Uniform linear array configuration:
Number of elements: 24
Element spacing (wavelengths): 1
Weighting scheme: cosine
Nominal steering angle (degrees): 45
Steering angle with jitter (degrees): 45.085
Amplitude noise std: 0.05
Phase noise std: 0.05

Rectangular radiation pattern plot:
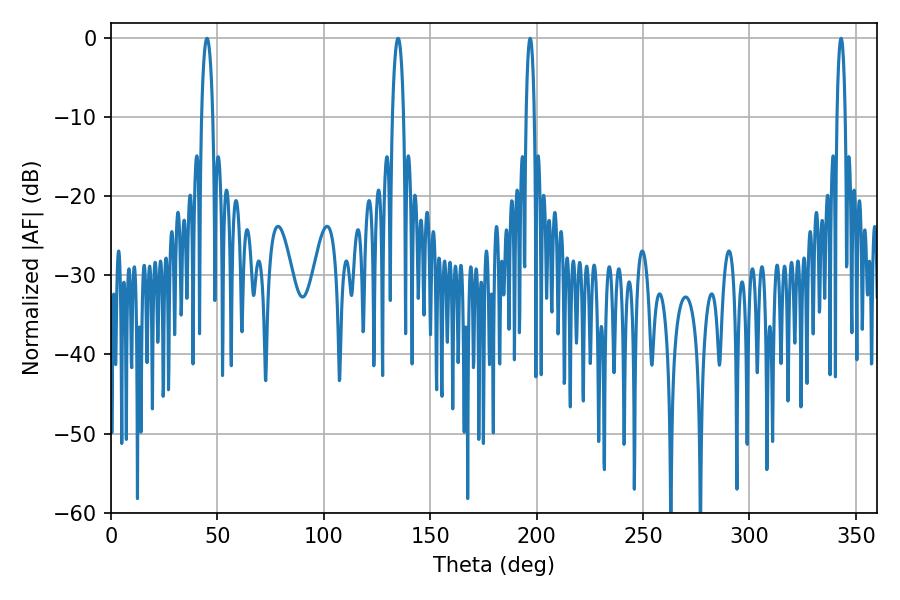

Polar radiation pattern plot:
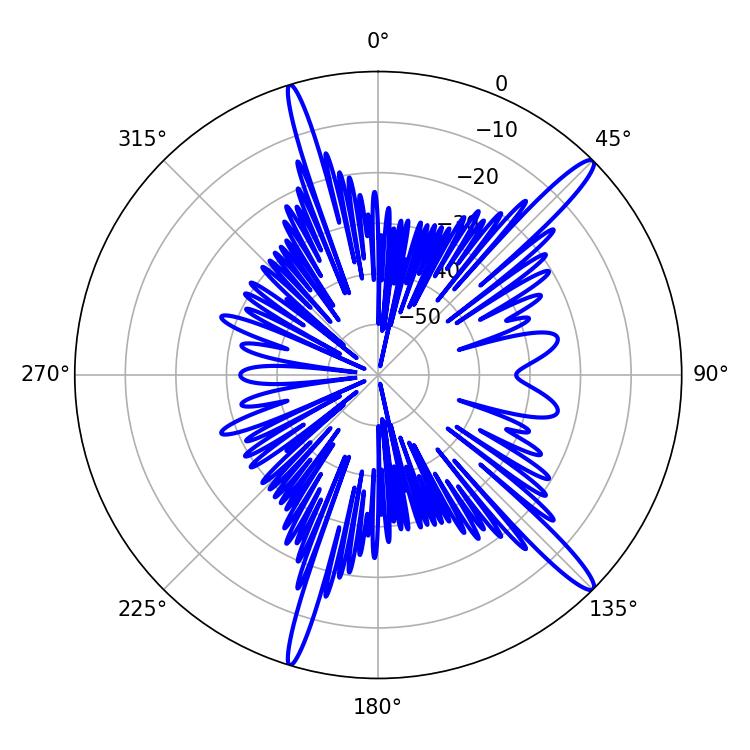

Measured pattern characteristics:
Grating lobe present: TRUE
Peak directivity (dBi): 15.279
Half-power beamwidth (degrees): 2.16
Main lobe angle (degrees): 196.92